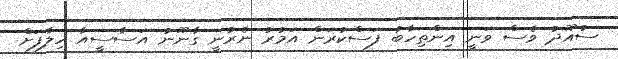
ސުއޫދު ވެސް ވަނީ އިންތިހާބު ފަސްކުރަން އަމުރު ނެރުނީ ގާނޫނު އަސާސީއާ ހިލާފަށް